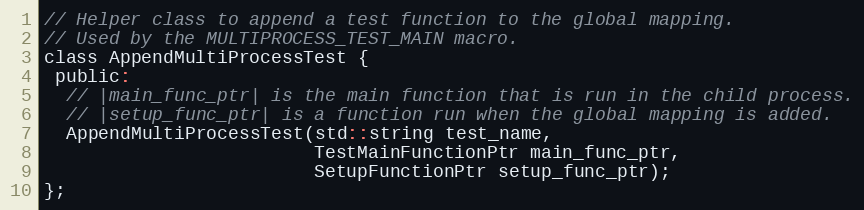
Language: C
// Helper class to append a test function to the global mapping.
// Used by the MULTIPROCESS_TEST_MAIN macro.
class AppendMultiProcessTest {
 public:
  // |main_func_ptr| is the main function that is run in the child process.
  // |setup_func_ptr| is a function run when the global mapping is added.
  AppendMultiProcessTest(std::string test_name,
                         TestMainFunctionPtr main_func_ptr,
                         SetupFunctionPtr setup_func_ptr);
};